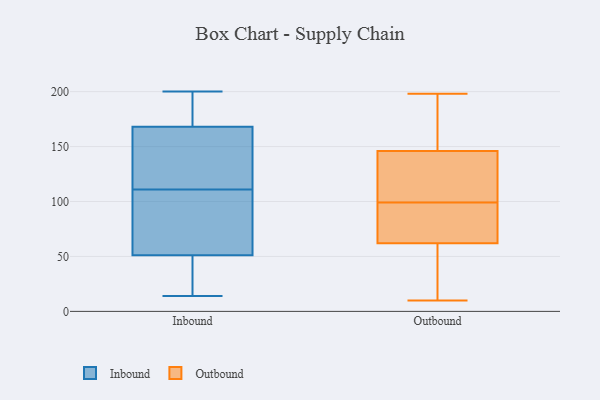
{"axis": {"x": "Page Views", "y": "Value"}, "legend": ["Inbound", "Outbound"], "data": [{"x": "", "y": 192, "type": "Inbound"}, {"x": "", "y": 14, "type": "Inbound"}, {"x": "", "y": 51, "type": "Inbound"}, {"x": "", "y": 114, "type": "Inbound"}, {"x": "", "y": 200, "type": "Inbound"}, {"x": "", "y": 116, "type": "Inbound"}, {"x": "", "y": 108, "type": "Inbound"}, {"x": "", "y": 168, "type": "Inbound"}, {"x": "", "y": 93, "type": "Inbound"}, {"x": "", "y": 115, "type": "Inbound"}, {"x": "", "y": 186, "type": "Inbound"}, {"x": "", "y": 83, "type": "Inbound"}, {"x": "", "y": 90, "type": "Inbound"}, {"x": "", "y": 39, "type": "Inbound"}, {"x": "", "y": 33, "type": "Inbound"}, {"x": "", "y": 198, "type": "Inbound"}, {"x": "", "y": 17, "type": "Inbound"}, {"x": "", "y": 155, "type": "Inbound"}, {"x": "", "y": 189, "type": "Outbound"}, {"x": "", "y": 107, "type": "Outbound"}, {"x": "", "y": 134, "type": "Outbound"}, {"x": "", "y": 56, "type": "Outbound"}, {"x": "", "y": 61, "type": "Outbound"}, {"x": "", "y": 182, "type": "Outbound"}, {"x": "", "y": 173, "type": "Outbound"}, {"x": "", "y": 133, "type": "Outbound"}, {"x": "", "y": 158, "type": "Outbound"}, {"x": "", "y": 198, "type": "Outbound"}, {"x": "", "y": 126, "type": "Outbound"}, {"x": "", "y": 87, "type": "Outbound"}, {"x": "", "y": 56, "type": "Outbound"}, {"x": "", "y": 63, "type": "Outbound"}, {"x": "", "y": 50, "type": "Outbound"}, {"x": "", "y": 105, "type": "Outbound"}, {"x": "", "y": 68, "type": "Outbound"}, {"x": "", "y": 93, "type": "Outbound"}, {"x": "", "y": 10, "type": "Outbound"}, {"x": "", "y": 72, "type": "Outbound"}]}